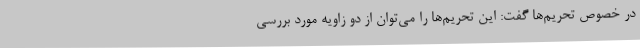
در خصوص تحریم‌ها گفت: این تحریم‌ها را می‌توان از دو زاویه مورد بررسی